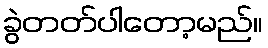
ခွဲတတ်ပါတော့မည်။